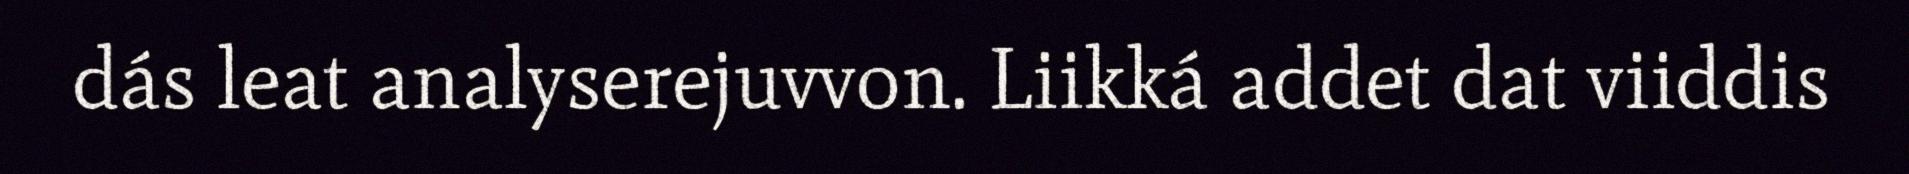
dás leat analyserejuvvon. Liikká addet dat viiddis